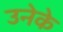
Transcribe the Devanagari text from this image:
उनेके